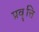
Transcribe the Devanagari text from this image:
प्रवॄत्ति